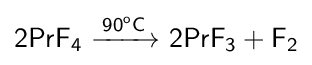
{\mathsf {2PrF_{4}\ {\xrightarrow {90^{o}C}}\ 2PrF_{3}+F_{2}}}